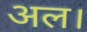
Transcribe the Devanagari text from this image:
अल।